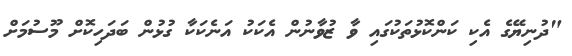
"ދުނިޔޭގެ އެކި ކަންކޮޅުތަކުގައި ވާ ޒުވާނުން އެކަކު އަނެކަކާ ގުޅުން ބަދަހިކޮށް މޫސުމަށް